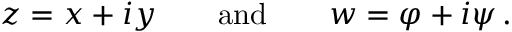
z = x + i y \qquad { \mathrm { a n d } } \qquad w = \varphi + i \psi \, .